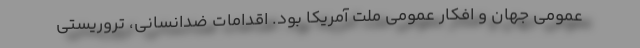
عمومی جهان و افکار عمومی ملت آمریکا بود. اقدامات ضدانسانی، تروریستی